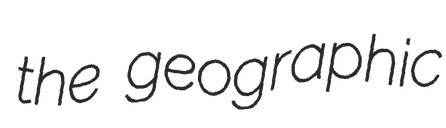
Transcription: the geographic